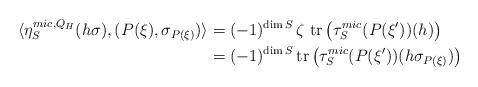
LaTeX: \begin{align*} \langle \eta_{S}^{mic,Q_{H}}(h\sigma), (P(\xi),\sigma_{P(\xi)})\rangle &=(-1)^{\dim S} \, \zeta \ \mathrm{tr}\left( \tau_{S}^{mic}(P(\xi'))(h)\right) \\& = (-1)^{\dim S}\, \mathrm{tr}\left( \tau_{S}^{mic}(P(\xi'))(h\sigma_{P(\xi)})\right)\end{align*}